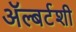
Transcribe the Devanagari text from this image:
ॲल्बर्टशी